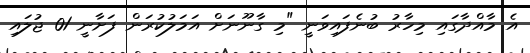
އެ މާއްދާގައި މިހާރު ބުނެފައިވަނީ "މި ގާނޫނަށް އަމަލުކުރަން ފަށާނީ 01 ޖުލައި